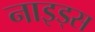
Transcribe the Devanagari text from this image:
नाइड्स